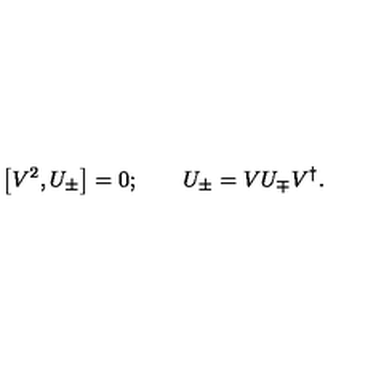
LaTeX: \left[ V ^ { 2 } , U _ { \pm } \right] = 0 ; \qquad U _ { \pm } = V U _ { \mp } V ^ { \dagger } .